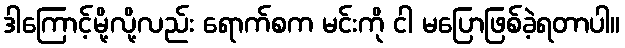
ဒါကြောင့်မို့လို့လည်း ရောက်စက မင်းကို ငါ မပြောဖြစ်ခဲ့ရတာပါ။